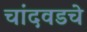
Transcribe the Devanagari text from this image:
चांदवडचे